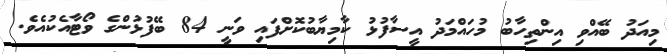
މިއަދު ބޭއްވި އިންތިހާބު މުހައްމަދު އީސާފުޅު ކާމިޔާބުކޮށްފައި ވަނީ 84 ބޭފުޅުންގެ ވޯޓާއެކުއެވެ.